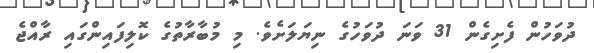
ދުވަހުން ފެށިގެން 31 ވަނަ ދުވަހުގެ ނިޔަލަށެވެ. މި މުބާރާތުގެ ކޮލިފައިންގައި ރާއްޖެ